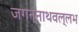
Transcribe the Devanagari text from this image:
जगन्नाथवल्लभ